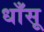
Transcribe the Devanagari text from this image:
धाँसू